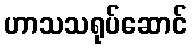
ဟာသသရုပ်ဆောင်